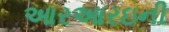
આરઆરઇની